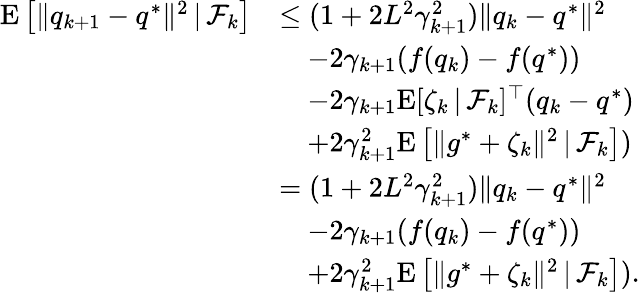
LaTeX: \begin{array}{rl}{\mathrm{E}\left[\| q_{k+1}-q^{*}\| ^{2}\, |\, \mathcal{F}_{k}\right]}&{\leq(1+2L^{2}\gamma_{k+1}^{2})\| q_{k}-q^{*}\| ^{2}}\\ &{\quad-2\gamma_{k+1}(f(q_{k})-f(q^{*}))}\\ &{\quad-2\gamma_{k+1}\mathrm{E}[\zeta_{k}\, |\, \mathcal{F}_{k}]^{\top}(q_{k}-q^{*})}\\ &{\quad+2\gamma_{k+1}^{2}\mathrm{E}\left[\| g^{*}+\zeta_{k}\| ^{2}\, |\, \mathcal{F}_{k}\right])}\\ &{=(1+2L^{2}\gamma_{k+1}^{2})\| q_{k}-q^{*}\| ^{2}}\\ &{\quad-2\gamma_{k+1}(f(q_{k})-f(q^{*}))}\\ &{\quad+2\gamma_{k+1}^{2}\mathrm{E}\left[\| g^{*}+\zeta_{k}\| ^{2}\, |\, \mathcal{F}_{k}\right]).}\end{array}